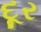
દૂર